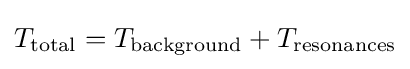
T_{\mathrm {total} }=T_{\mathrm {background} }+T_{\mathrm {resonances} }